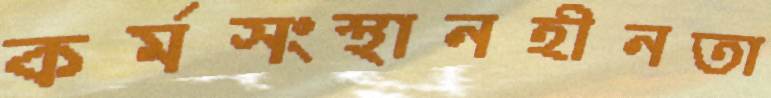
কর্মসংস্থানহীনতা